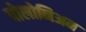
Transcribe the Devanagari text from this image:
पोलोनिअम